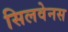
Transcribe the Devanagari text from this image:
सिलवेनस